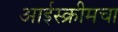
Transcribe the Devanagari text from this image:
आईस्क्रीमचा